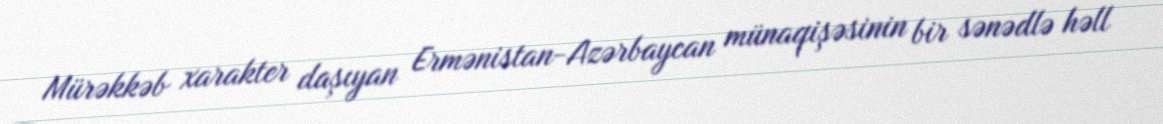
Mürəkkəb xarakter daşıyan Ermənistan-Azərbaycan münaqişəsinin bir sənədlə həll